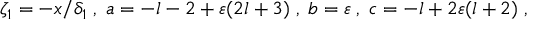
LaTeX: \zeta _ { 1 } = - x / \delta _ { 1 } \; , \; a = - l - 2 + \varepsilon ( 2 l + 3 ) \; , \; b = \varepsilon \; , \; c = - l + 2 \varepsilon ( l + 2 ) \; ,